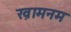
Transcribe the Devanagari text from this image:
ख़ामनम